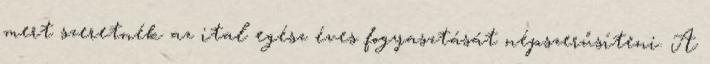
mert szeretnék az ital egész éves fogyasztását népszerűsíteni. A